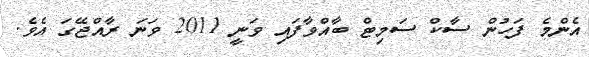
އެންމެ ފަހުން ސާކް ސަމިޓް ބާއްވާފައި ވަނީ 2011 ވަނަ ރާއްޖޭގަ އެވެ.